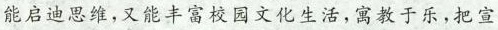
能启迪思维，又能丰富校园文化生活,寓教于乐,把宣